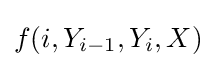
f(i,Y_{i-1},Y_{i},X)